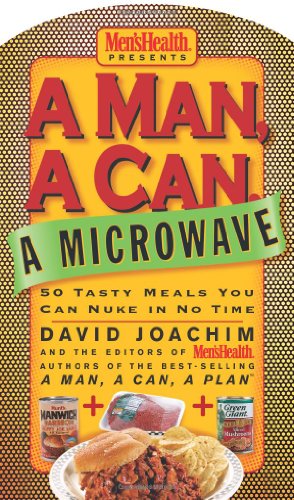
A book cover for A Man, a Can, a Microwave: 50 Tasty Meals You Can Nuke in No Time (Man, a Can... Series); David Joachim; Cookbooks, Food & Wine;